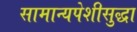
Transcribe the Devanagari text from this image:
सामान्यपेशीसुद्धा